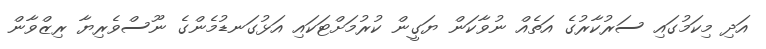
އަދި މިކަމުގައި ސަރުކާރުގެ އަތެއް ނުވާކަން ޔަގީން ކުރުމަށްޓަކައި އަޅުގަނޑުމެންގެ ނޫސްވެރިޔާ ރިޒްވާން